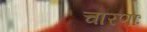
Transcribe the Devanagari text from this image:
चारणाः